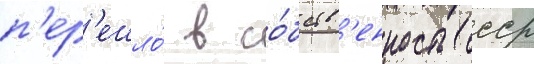
п'ер'ешло́ в со́бств'енность ссср